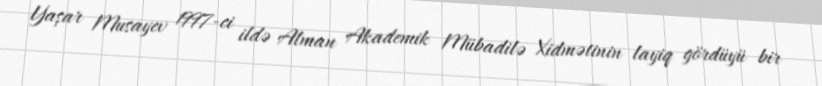
Yaşar Musayev 1997-ci ildə Alman Akademik Mübadilə Xidmətinin layiq gördüyü bir